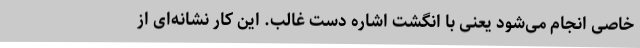
خاصی انجام می‌شود یعنی با انگشت اشاره دست غالب. این کار نشانه‌ای از